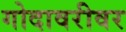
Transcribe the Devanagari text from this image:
गोदावरीवर